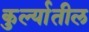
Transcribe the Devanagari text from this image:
कुर्ल्यातील